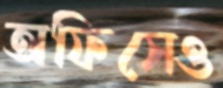
অফিসেও